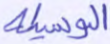
الوسيلة